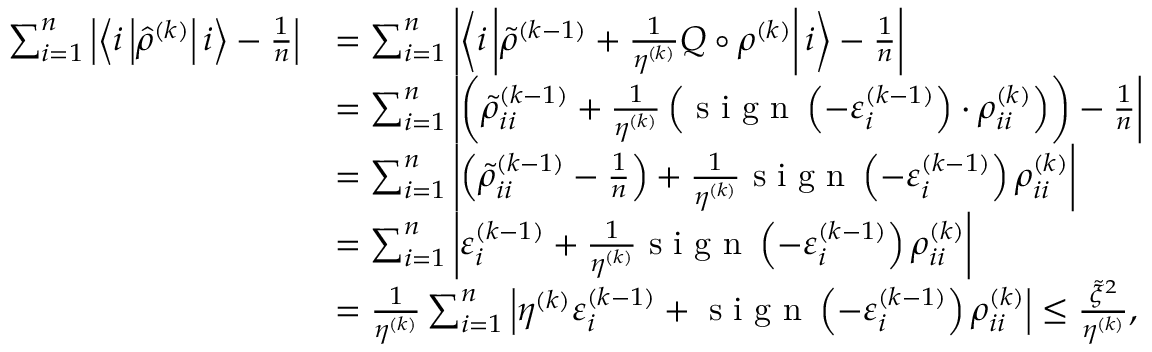
\begin{array} { r l } { \sum _ { i = 1 } ^ { n } \left| \left\langle i \left| \hat { \rho } ^ { ( k ) } \right| i \right\rangle - \frac { 1 } { n } \right| } & { = \sum _ { i = 1 } ^ { n } \left| \left\langle i \left| \tilde { \rho } ^ { ( k - 1 ) } + \frac { 1 } { \eta ^ { ( k ) } } Q \circ \rho ^ { ( k ) } \right| i \right\rangle - \frac { 1 } { n } \right| } \\ & { = \sum _ { i = 1 } ^ { n } \left| \left( \tilde { \rho } _ { i i } ^ { ( k - 1 ) } + \frac { 1 } { \eta ^ { ( k ) } } \left( \textup { s i g n } \left( - \varepsilon _ { i } ^ { ( k - 1 ) } \right) \cdot \rho _ { i i } ^ { ( k ) } \right) \right) - \frac { 1 } { n } \right| } \\ & { = \sum _ { i = 1 } ^ { n } \left| \left( \tilde { \rho } _ { i i } ^ { ( k - 1 ) } - \frac { 1 } { n } \right) + \frac { 1 } { \eta ^ { ( k ) } } \textup { s i g n } \left( - \varepsilon _ { i } ^ { ( k - 1 ) } \right) \rho _ { i i } ^ { ( k ) } \right| } \\ & { = \sum _ { i = 1 } ^ { n } \left| \varepsilon _ { i } ^ { ( k - 1 ) } + \frac { 1 } { \eta ^ { ( k ) } } \textup { s i g n } \left( - \varepsilon _ { i } ^ { ( k - 1 ) } \right) \rho _ { i i } ^ { ( k ) } \right| } \\ & { = \frac { 1 } { \eta ^ { ( k ) } } \sum _ { i = 1 } ^ { n } \left| \eta ^ { ( k ) } \varepsilon _ { i } ^ { ( k - 1 ) } + \textup { s i g n } \left( - \varepsilon _ { i } ^ { ( k - 1 ) } \right) \rho _ { i i } ^ { ( k ) } \right| \leq \frac { \tilde { \xi } ^ { 2 } } { \eta ^ { ( k ) } } , } \end{array}